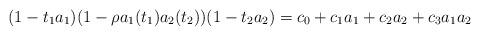
LaTeX: \begin{align*}(1-t_1a_1)(1-\rho a_1(t_1)a_2(t_2))(1-t_2a_2) = c_0+c_1a_1+c_2a_2+c_3a_1a_2\end{align*}